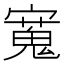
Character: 𫴒